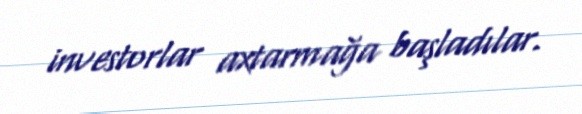
investorlar axtarmağa başladılar.